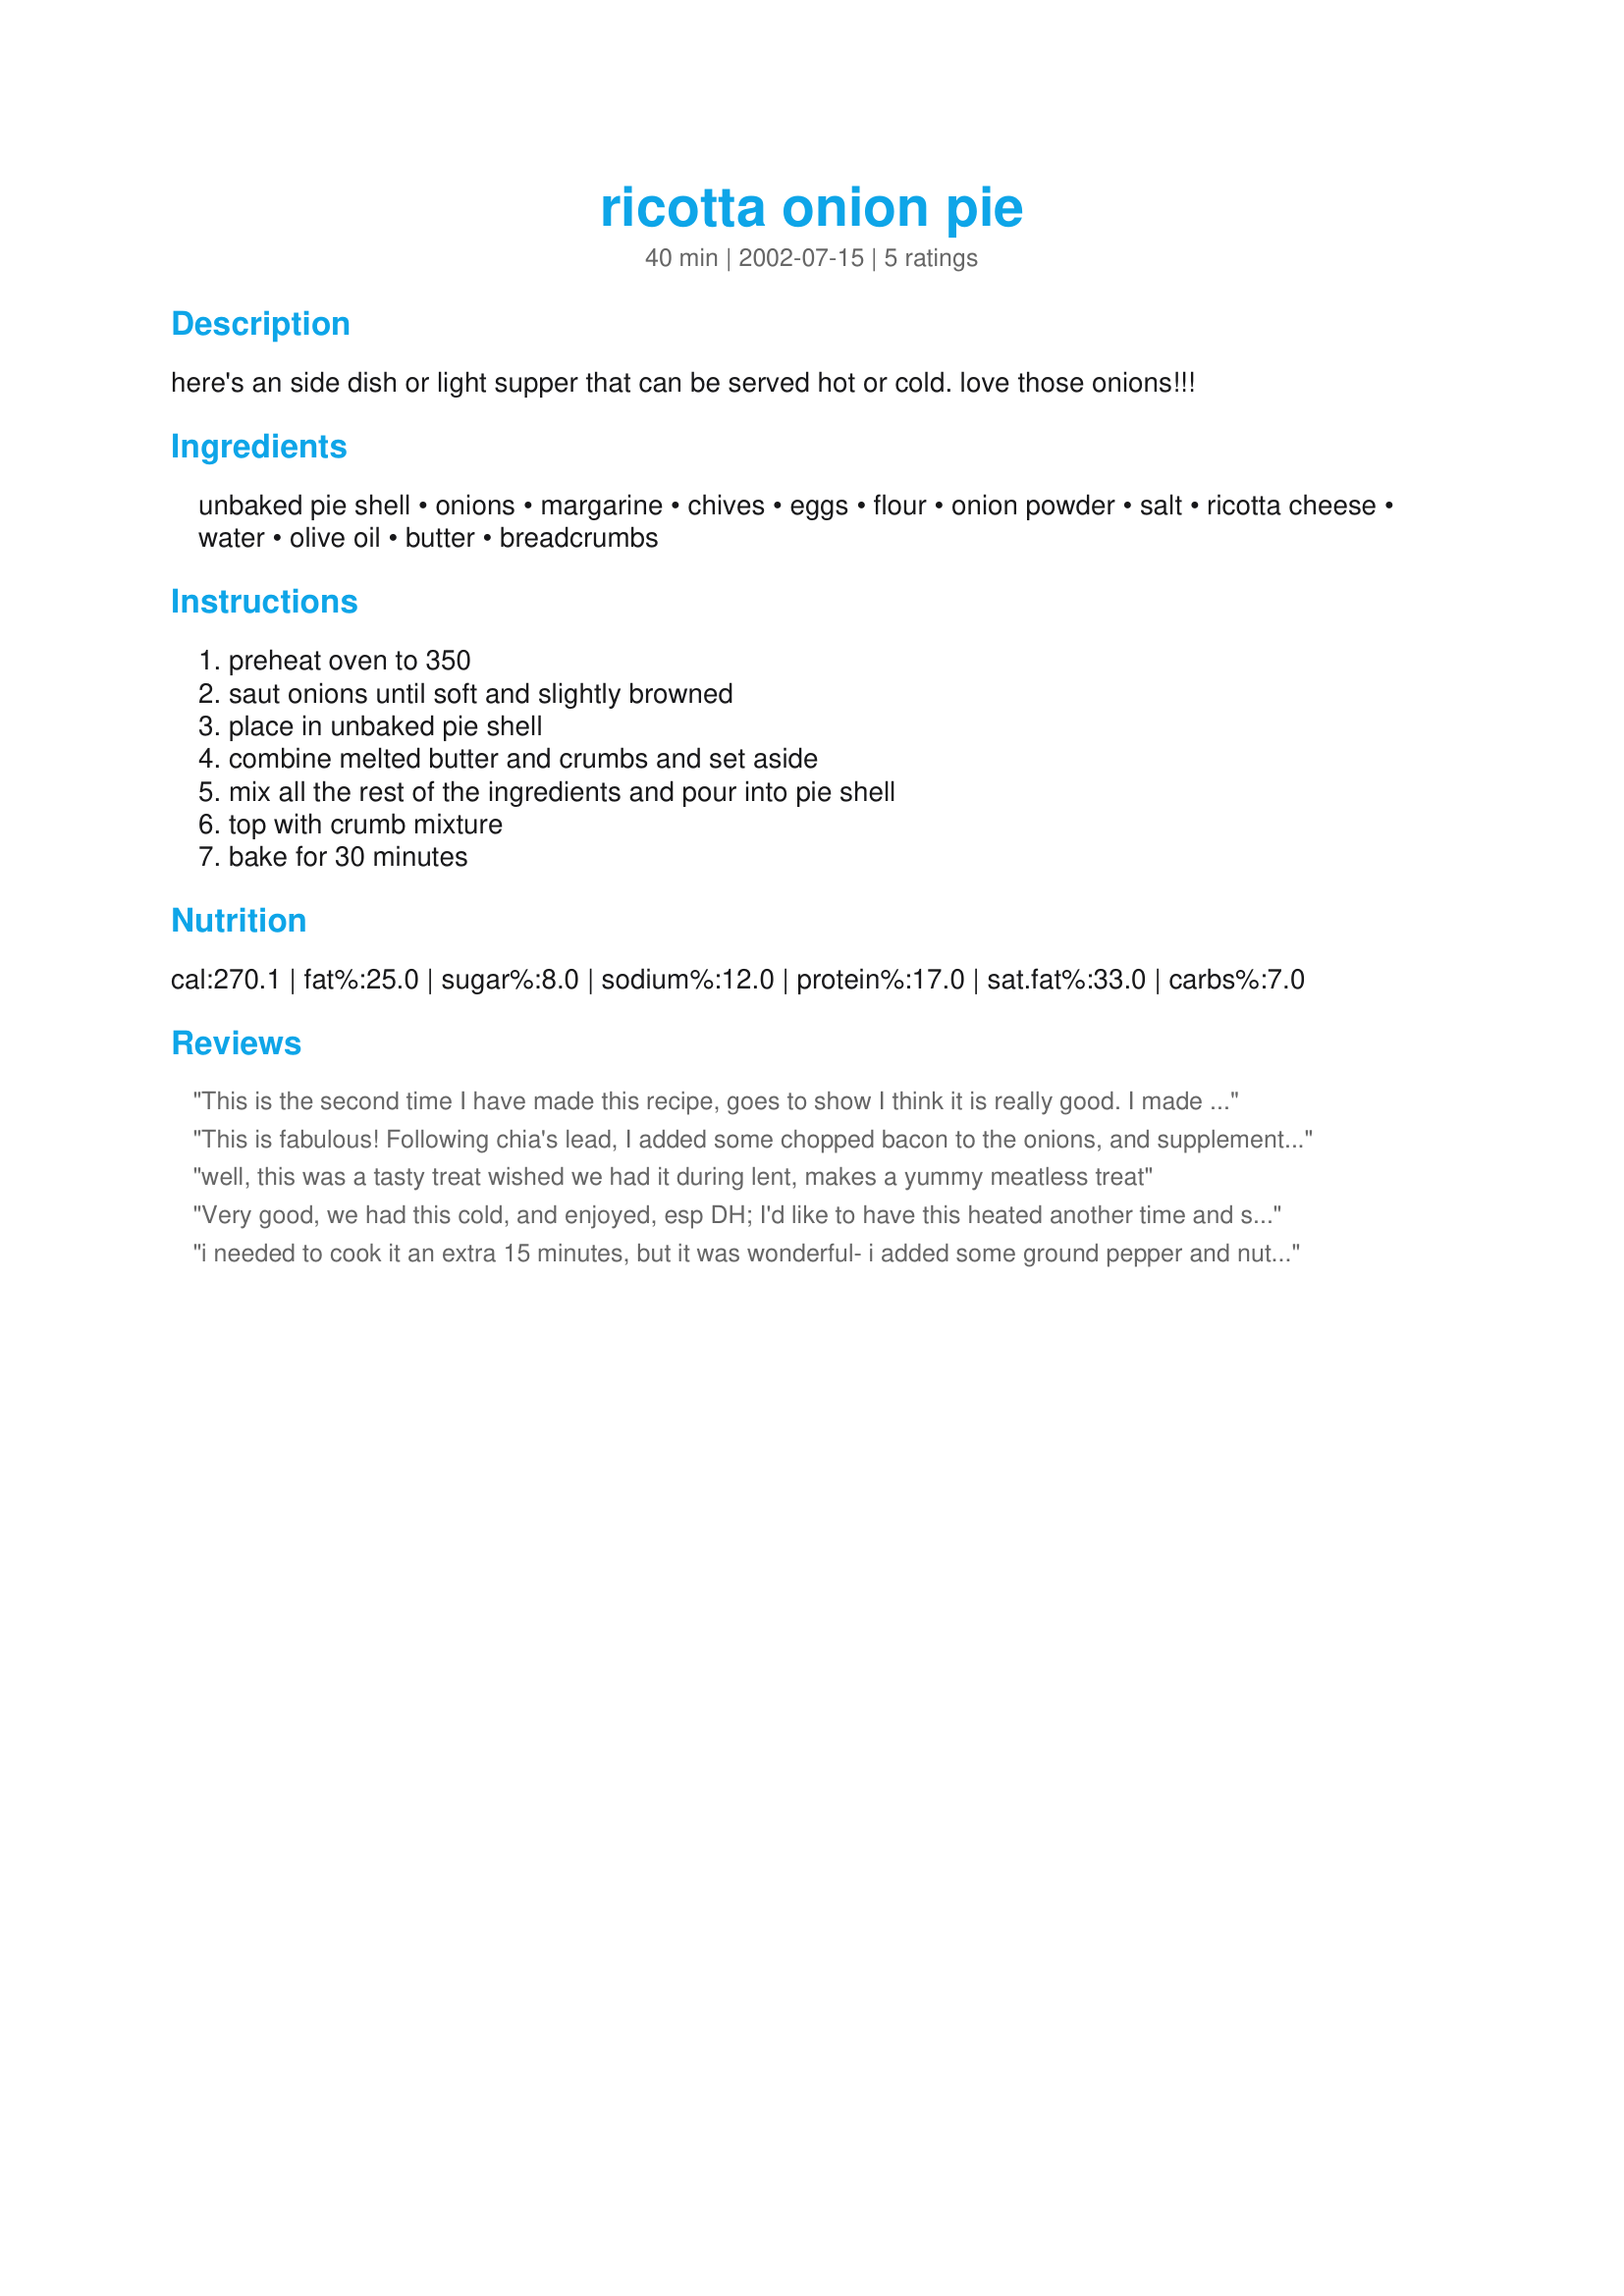
ricotta onion pie
Preparation time: 40 minutes

here's an side dish or light supper that can be served hot or cold. love those onions!!!

Ingredients:
unbaked pie shell, onions, margarine, chives, eggs, flour, onion powder, salt, ricotta cheese, water, olive oil, butter, breadcrumbs

Steps:
preheat oven to 350, saut onions until soft and slightly browned, place in unbaked pie shell, combine melted butter and crumbs and set aside, mix all the rest of the ingredients and pour into pie shell, top with crumb mixture, bake for 30 minutes

Reviews:
This is the second time I have made this recipe, goes to show I think it is really good. I made it as I did last time by adding some proscuitto and also a little flaked chili to the breadcrumbs but this time I used only green onions. I think I liked it better with just all green onions.
This is fabulous! Following chia's lead, I added some chopped bacon to the onions, and supplemented about half of the chives with green onions. I used a full-lard pie crust, which worked great with the savoury flavour. This came to a potluck in honour of a retiring co-worker, and was the first thing to disappear from the table. 30 hungry librarians wouldn't steer you wrong. ;) Thanks! edited to add a variation by Arostook: Reduce chopped onions to 1 tbls and add two cups of fresh mushroom.

well, this was a tasty treat wished we had it during lent, makes a yummy meatless treat
Very good, we had this cold, and enjoyed, esp DH; I'd like to have this heated another time and see how I like it then..I need to cut the water down to about 2/3 cup because it filled the pie shell to overflowing (even though I used a deep dish shell). I baked at 400F for 30 minutes, then 350F for 15 minutes. Thanks for posting! 
Me again, with an update: this recipe is perfection with the addition of 1/4 cup water at most. Have used crushed Ritz crackers and that was delightful. Baked up nicely at 400F for 35 min.
i needed to cook it an extra 15 minutes, but it was wonderful- i added some ground pepper and nutmeg,and some chopped canadian bacon, sauteed with the onions
